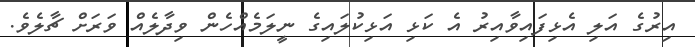
އިރުގެ އަލި އެޅިފައިވާއިރު އެ ކަޅި އަޅިކުލައިގެ ނީލަމެއްހެން ވިދާލެއް ވަރަށް ޗާލެވެ.